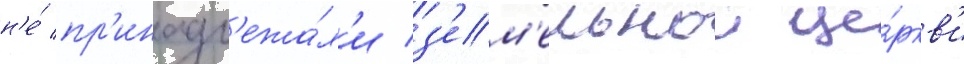
н'е́ пр'инадл'ежа́л'и з'ем'ельнои це́ркв'и